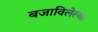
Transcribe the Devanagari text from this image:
बजाविलेल्या